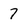
Character: 7